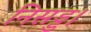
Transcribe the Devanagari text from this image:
निसड्ड।